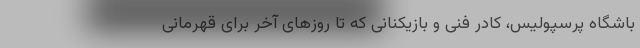
باشگاه پرسپولیس، کادر فنی و بازیکنانی که تا روزهای آخر برای قهرمانی